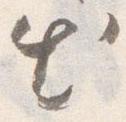
出